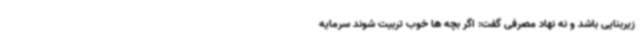
زیربنایی باشد و نه نهاد مصرفی گفت: اگر بچه ها خوب تربیت شوند سرمایه